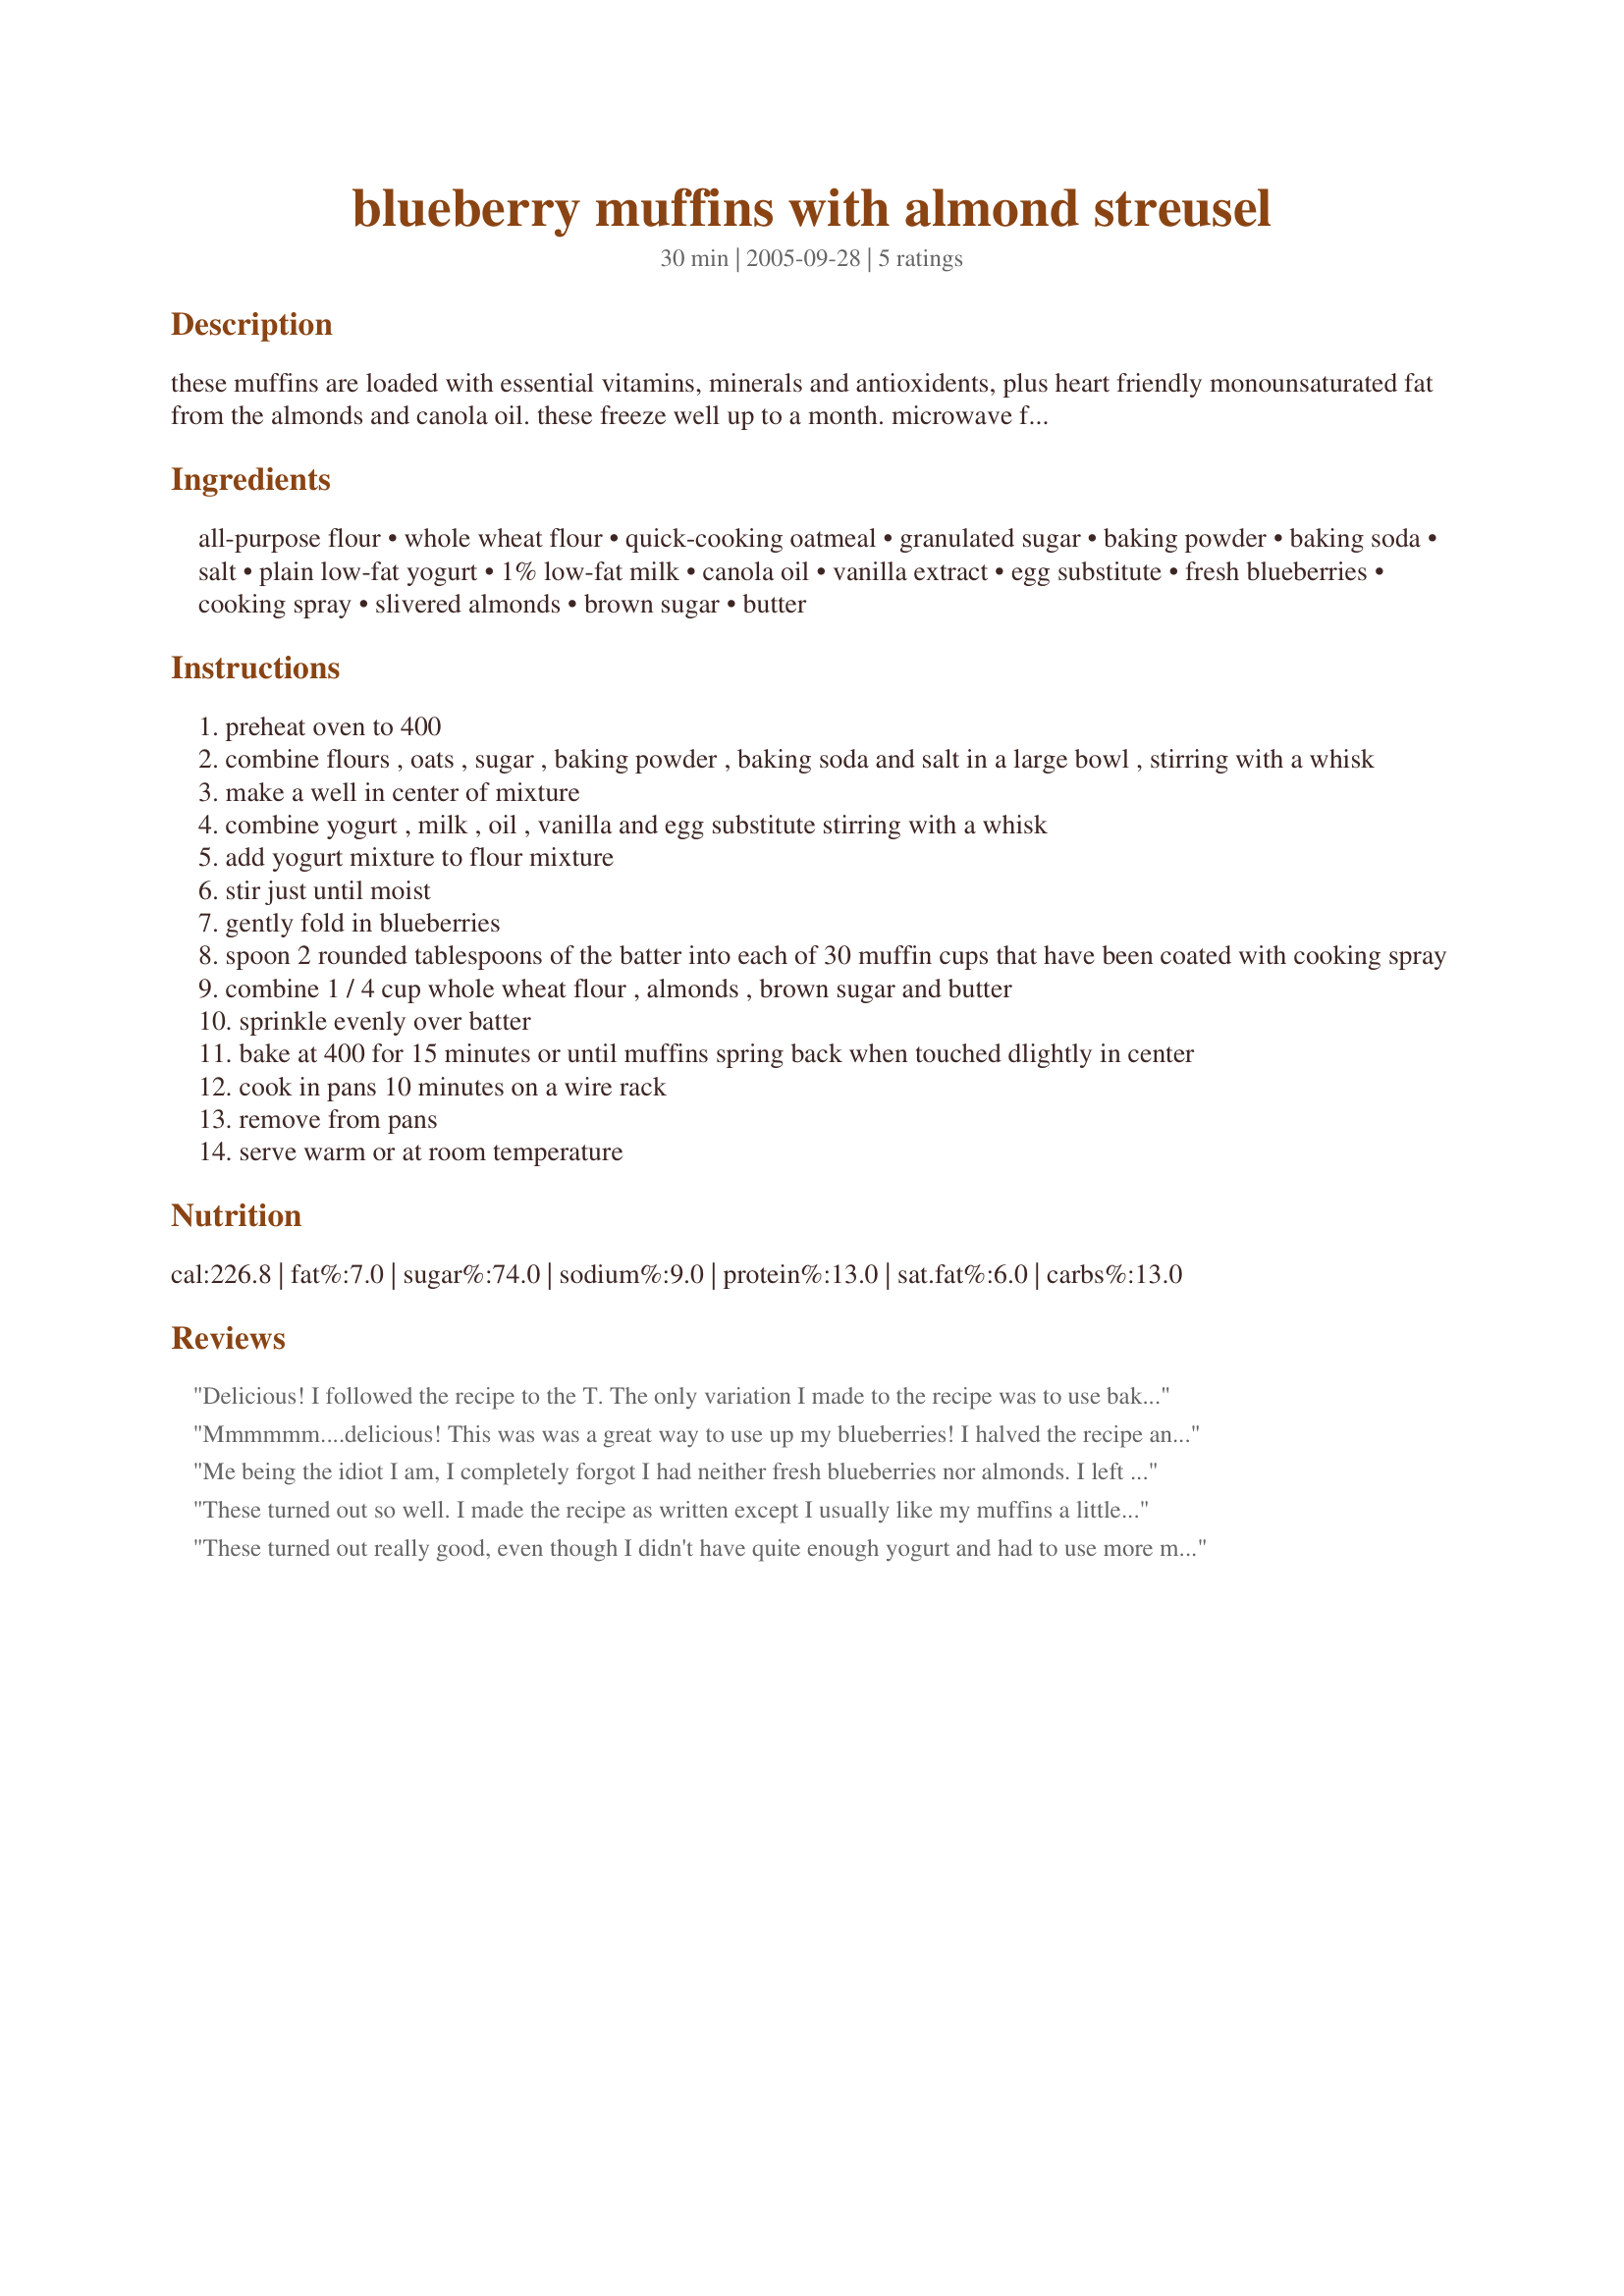
blueberry muffins with almond streusel
Preparation time: 30 minutes

these muffins are loaded with essential vitamins, minerals and antioxidents, plus heart friendly monounsaturated fat from the almonds and canola oil. these freeze well up to a month. microwave frozen muffins at high for 15 seconds. we like these especially since the recipe calls for whole wheat flour and oatmeal. adaped from cooking light

Ingredients:
all-purpose flour, whole wheat flour, quick-cooking oatmeal, granulated sugar, baking powder, baking soda, salt, plain low-fat yogurt, 1% low-fat milk, canola oil, vanilla extract, egg substitute, fresh blueberries, cooking spray, slivered almonds, brown sugar, butter

Steps:
preheat oven to 400
combine flours , oats , sugar , baking powder , baking soda and salt in a large bowl , stirring with a whisk
make a well in center of mixture
combine yogurt , milk , oil , vanilla and egg substitute stirring with a whisk
add yogurt mixture to flour mixture
stir just until moist
gently fold in blueberries
spoon 2 rounded tablespoons of the batter into each of 30 muffin cups that have been coated with cooking spray
combine 1 / 4 cup whole wheat flour , almonds , brown sugar and butter
sprinkle evenly over batter
bake at 400 for 15 minutes or until muffins spring back when touched dlightly in center
cook in pans 10 minutes on a wire rack
remove from pans
serve warm or at room temperature

Reviews:
Delicious! I followed the recipe to the T. The only variation I made to the recipe was to use bakery-style muffin tins for a larger, friendlier-looking muffin. Moist, just the right white to wheat flour ratio!
Mmmmmm....delicious! This was was a great way to use up my blueberries! I halved the recipe and it turned out just fine! Thank you for posting this recipe! :)
Me being the idiot I am, I completely forgot I had neither fresh blueberries nor almonds. I left out streusel topping, used all whole-wheat flour, and frozen blueberries. I think this is probably gonna be the basic muffin recipe I use, with things mixed in. I think next time I'll cut the blueberries in half, as they didn't seem to bake properly. Anyways, thanks for my new basic muffin recipe! (Maybe next time I'll try the promising almond streusel ;}
These turned out so well. I made the recipe as written except I usually like my muffins a little thicker, so I filled the muffin cups a little more than 3/4 full and ended up with 23 muffins. I also had to bake them 2-3 minutes longer because they were thicker. I will definitely be making these again. Thanks!
These turned out really good, even though I didn't have quite enough yogurt and had to use more milk to make up the difference. I also used 1 egg instead of the egg substitute and pecans instead of almonds because that's what I had on hand.

I have trouble finding muffin recipes that have some substance so I don't feel like I'm just eating a cupcake for breakfast, but also not too heavy and bland. These turned out very nice with the whole wheat flour and oatmeal in them, and just enough sugar to balance out the tart berries (Since I'm trying to cut back on my sugar, I might be able to get away with only 3/4 a cup of sugar next time, but even with the full cup I was happy that these muffins were not tooth-achingly sweet like many muffins are).

Now I'm glad I made the full batch of 30 muffins and froze 24 of them. I hope they're just as good thawed out as they were fresh.
